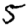
Digit: 5